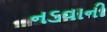
નડવાની